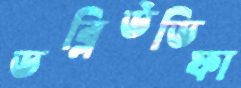
ডব্লিউডিফা